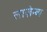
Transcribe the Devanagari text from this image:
लाज़ेन्ब्य